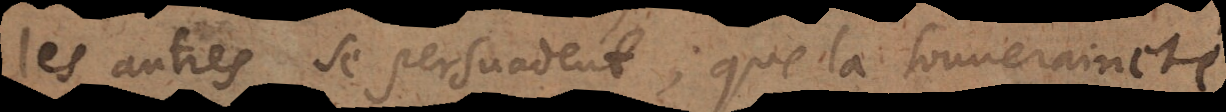
les autres se persuadent; que la souveraineté